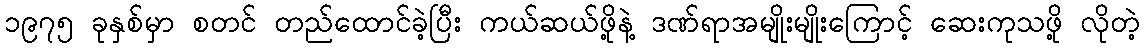
၁၉၇၅ ခုနှစ်မှာ စတင် တည်ထောင်ခဲ့ပြီး ကယ်ဆယ်ဖို့နဲ့ ဒဏ်ရာအမျိုးမျိုးကြောင့် ဆေးကုသဖို့ လိုတဲ့